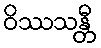
ဝိဿသန္တီ